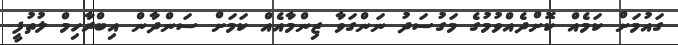
ގައުމަށް ކަމެއް ކޮށްދެއްވުމުގެ މަގުސަދު ނަންގަވާ ޒިންމާއެއް ކަމަށް ސަންދާން އިބްރާހިމް ލުތުފީ